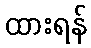
ထားရန်